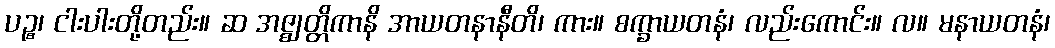
ပဉ္စ၊ ငါးပါးတို့တည်း။ ဆ အဇ္ဈတ္တိကာနိ အာယတနာနီတိ၊ ကား။ စက္ခာယတနံ၊ လည်းကောင်း။ လ။ မနာယတနံ၊